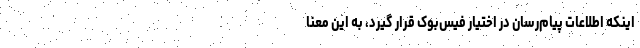
اینکه اطلاعات پیام‌رسان در اختیار فیس‌بوک قرار ‌گیرد، به این معنا